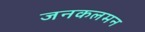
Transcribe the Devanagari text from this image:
जनकलमन